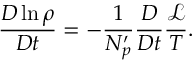
\frac { D \ln \rho } { D t } = - \frac { 1 } { N _ { p } ^ { \prime } } \frac { D } { D t } \frac { \mathcal { L } } { T } .